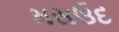
મસઉદ